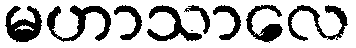
မဟာသာလေ